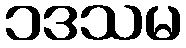
၁ဒသမ